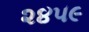
૨૪૫૯